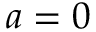
a = 0